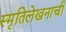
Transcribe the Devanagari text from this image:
स्मृतिलेखनाची